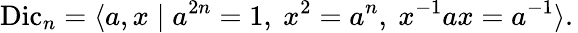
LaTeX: \operatorname{Dic}_{n}=\langle a,x\mid a^{2n}=1,\ x^{2}=a^{n},\ x^{-1}ax=a^{-1}\rangle.\,